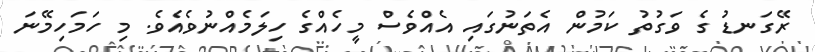
ރޭގަނޑު ގެ ވަގުތު ކަމުން އެތަނުގައި އެއްވެސް މީހެއްގެ ހިލަމެއްނުވެއެވެ. މި ހަމަހިމޭނަ